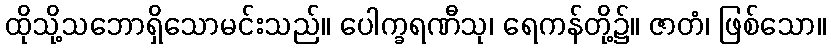
ထိုသို့သဘောရှိသောမင်းသည်။ ပေါက္ခရဏီသု၊ ရေကန်တို့၌။ ဇာတံ၊ ဖြစ်သော။